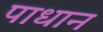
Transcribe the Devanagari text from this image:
पाधान